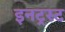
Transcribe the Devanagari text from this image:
इनट्रस्ट